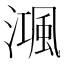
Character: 𣽝